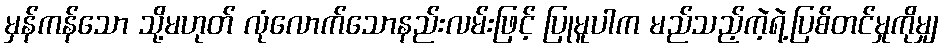
မှန်ကန်သော သို့မဟုတ် လုံလောက်သောနည်းလမ်းဖြင့် ပြုမူပါက မည်သည့်ကဲ့ရဲ့ပြစ်တင်မှုကိုမျှ